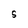
Character: S